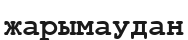
жарымаудан